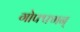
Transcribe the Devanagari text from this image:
गोफ्फ्मन्